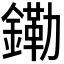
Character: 𫓀